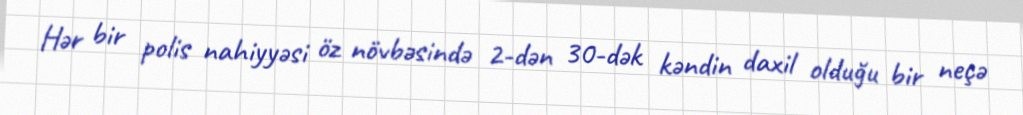
Hər bir polis nahiyyəsi öz növbəsində 2-dən 30-dək kəndin daxil olduğu bir neçə